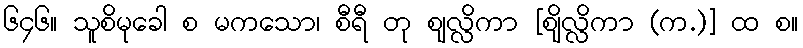
၆၄၆။ သူစိမုခေါ စ မကသော၊ စီရီ တု ဈလ္လိကာ [ဈိလ္လိကာ (က.)] ထ စ။